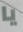
يا